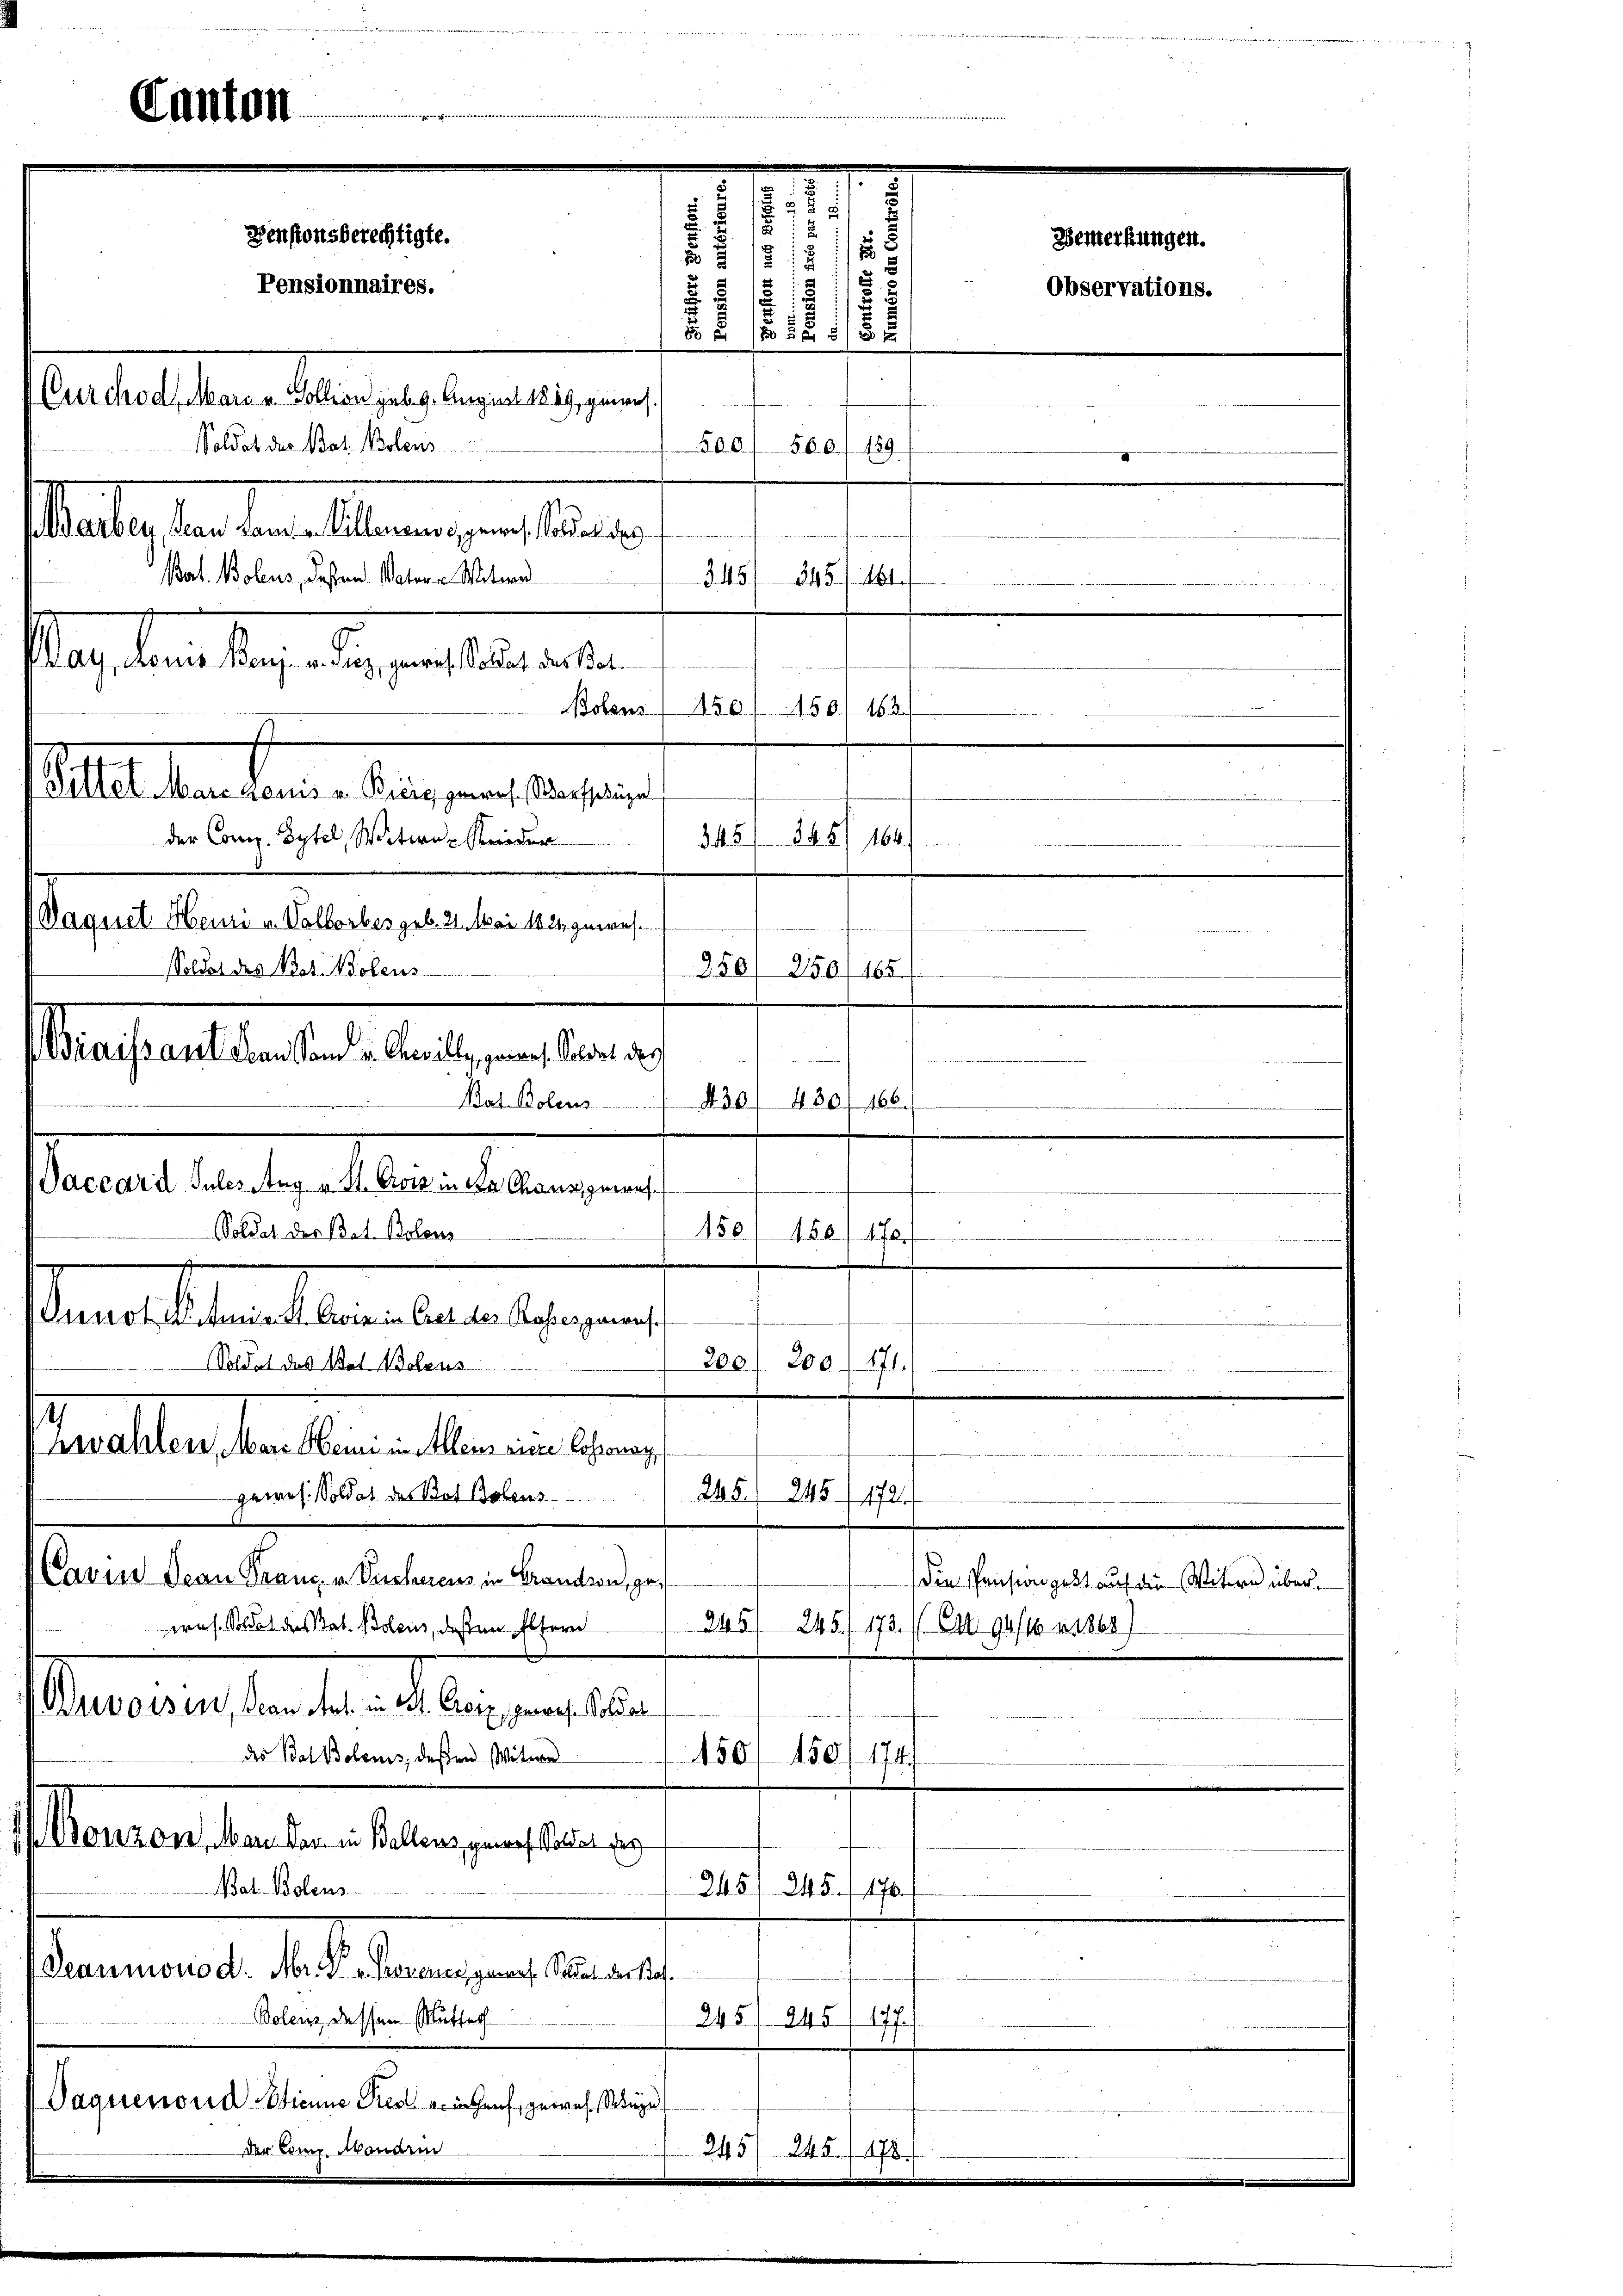
Bat. Bolens, deßen Vater a. Witwe
345/ 345. 161.
tags dans les die erselbe alten
Bolens 150/150/ 163
Matile der berein Leben an diesenen
der Comp. Sytel, Weitere Kinder
345 845
.
Jaquet Henne u. Valborber geb. 21. Mai 1824. gewes
.
250
Soldat des Bat. Wolens
250/165.

Canton

B
.
Denstonsberechtigte.
1
s
u
.
d
5
Pensionnaires.
11/12 88
uichod, Mari u. Sollion geb. 9. August 1889, geworf
Soldat der Bat. Bolens
00.) 500/ 189
Satis an der Ablauengung einen

Aushaltetenten heutigen seinen
Vaccard Suler Aug v. St. Crow in da Chauxgneris¬

Soldat des Bat. Bolens
danebelstandten angelegen und

Jaquenoud Etienne Pier ein Genf, gewes. Sege
Der Bonn. Abändern

ieweren
430. 480, 166.
Bat. Bolens
150

i
200 (171.
Soldat des Not. Solens
200.
Zwahlen, Marc Heine in Allem niere Cossonay,
g
gewes. Soldat des Bot Bolens
265. 245 (172.
Cavin Jean Franz v. Viechens in Brandson, zu
Die Pension geht auf die Witwe über¬
245
245. 173. (Art. 946 mises)
eres. Soldat des tat. Bolens, deßen Eltern
Bevorsten, an das an der an den
des Bat Bolonis, deßen Witwe
150/150/ 174.
Bonzon, Man der in Ballenz gewes Soldat des
Nat. Bolens
245, 245 f 176.
Deaumono d. M. D. Provener, gewes. Sodat der Prof.
Polenz, dessen Mutter
245/ 945 (177.)

243245/178

180 f 170.

Bemerkungen.
Observations.